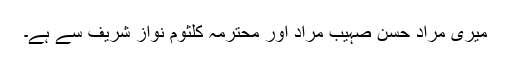
میری مراد حسن صہیب مراد اور محترمہ کلثوم نواز شریف سے ہے۔